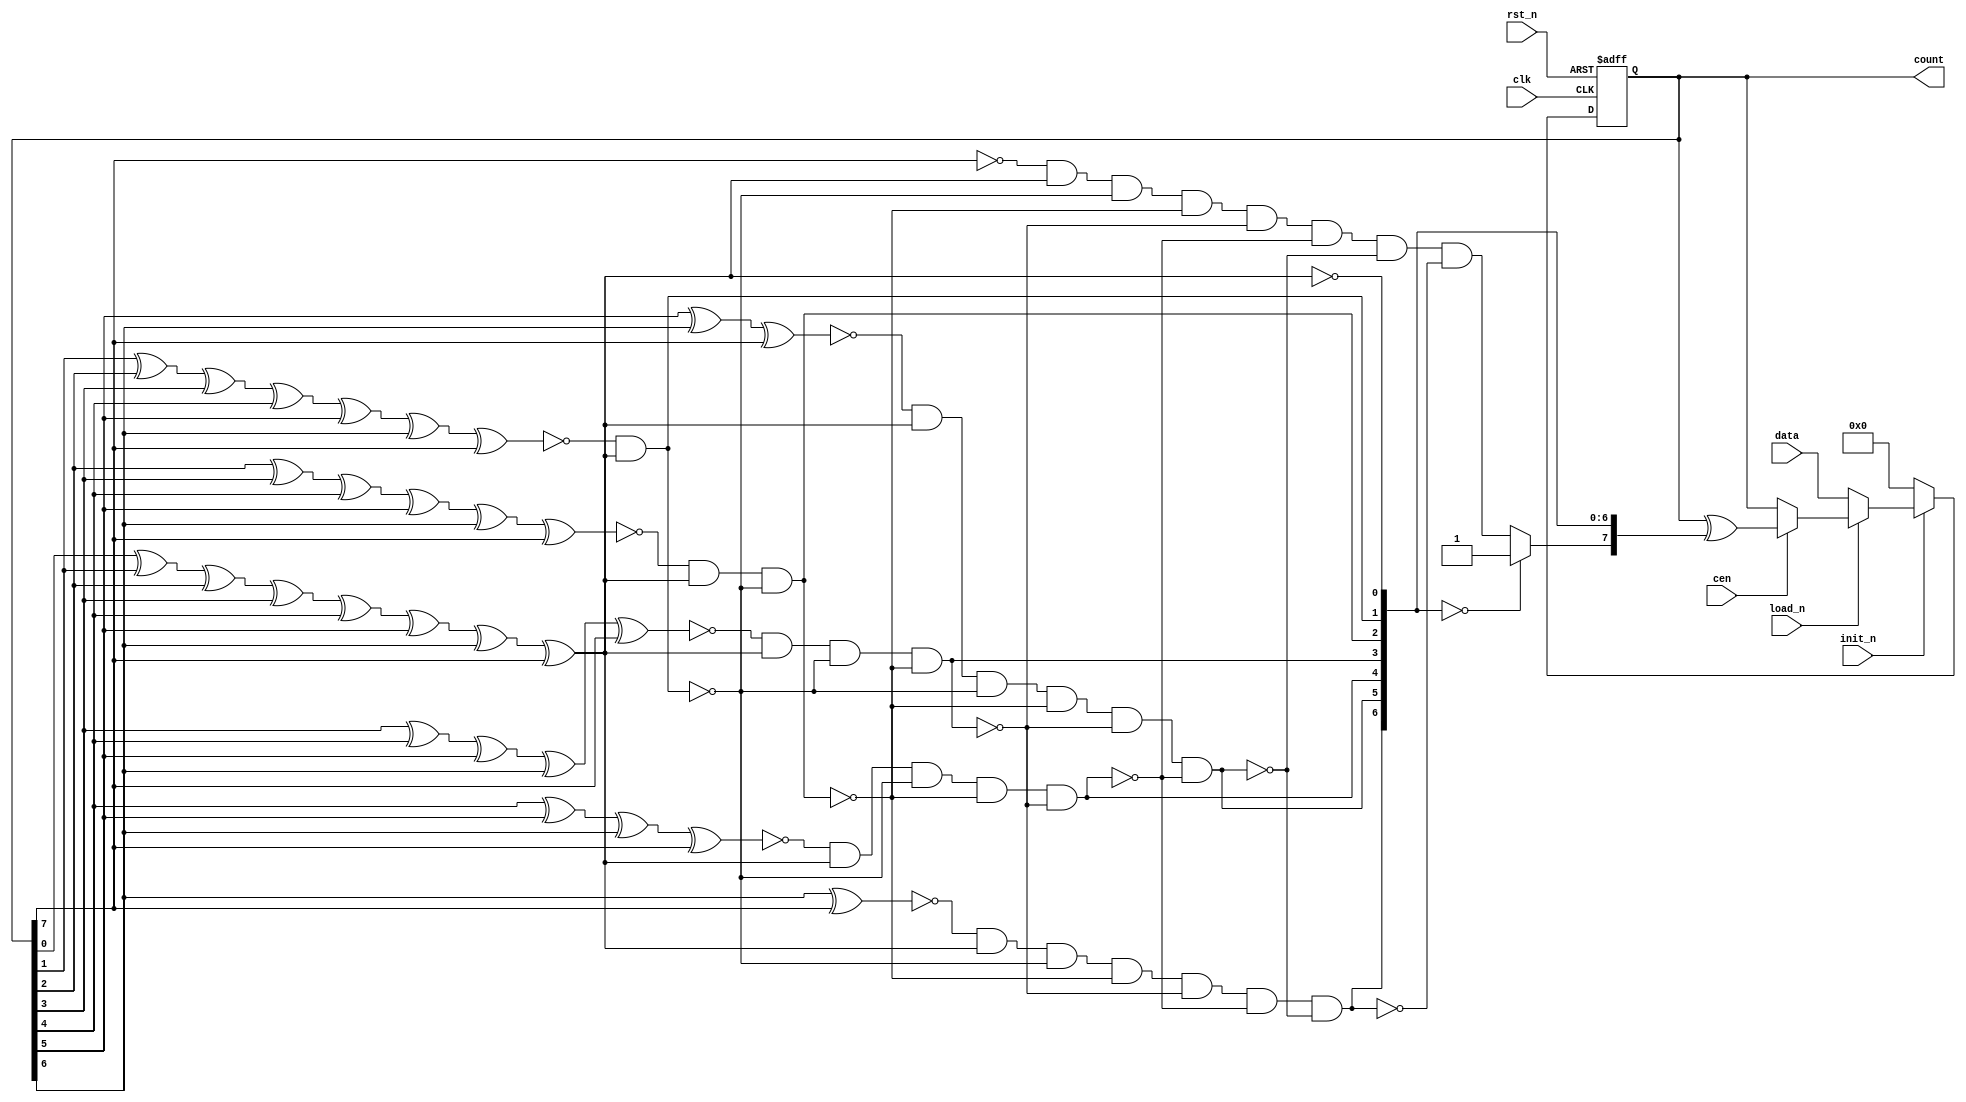

//--------------------------------------------------------------------------------------------------
//
// Title       : DW_cntr_gray
// Design      : Gray code counter

// 			 
//-------------------------------------------------------------------------------------------------
//
// Description : DW_cntr_gray is a Gray code counter. The counter is width bits wide and has 2 pow(width)
//               states. The counter is clocked on the positive edge of the clk input. Because the count 
//               sequence is Gray code, only one counter bit changes value between successive states.
//
//-------------------------------------------------------------------------------------------------

module DW_cntr_gray (  clk, rst_n, init_n, load_n, data, cen, count  )/* synthesis syn_builtin_du = "weak" */;
	parameter width = 8; //parameter for specifying the register width
	
	//Input/output declaration
	input							     clk;//clock input
	input							     rst_n; //Reset, async. active low
	input							     init_n;//Reset, sync active low
	input							     load_n; //Enable data load to counter, active low
	input [width - 1 : 0]                data;//data input to be loaded to reg
	input							     cen;//Counter enable, active high
	
	output [width - 1 : 0 ] 		     count;//gray code counter output

	//internal register decleration
	reg	[ width - 1 : 0 ] 		         count;
	reg [ width - 1 : 0 ]		         tog_bit; 
	integer	i,j,k;
				
	//Register the output gray count
	always	@ ( posedge  clk  or  negedge  rst_n )
		if( !rst_n ) 		 
			count <= 0;
		else
			count <= init_n ? (load_n ? (cen ? count ^ tog_bit : count) : data) : 0; 

	//Generation of toggle bit		
	always @ ( count )
		begin
			tog_bit = 0;
			// synthesis loop_limit 2000  
			for (i = 0; i < width; i = i + 1) 
				begin 
					// synthesis loop_limit 2000  
					for (j = i; j < width; j = j + 1) 
						tog_bit[i] = tog_bit[i] ^ count[j];
						tog_bit[i] = !tog_bit[i];  
						// synthesis loop_limit 2000  
						for (k = 0; k < i; k = k + 1) 
							tog_bit[i] = tog_bit[i] && !tog_bit[k];
				end //i loop  								  
				
			if ( width == 1 )
				tog_bit = 1;			
			else
				begin
					if (tog_bit[width-2:0]==0)
						tog_bit[width-1] = 1; 
				end
					
		end		
	
    endmodule